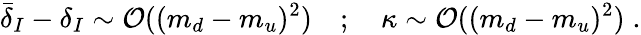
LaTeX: {\bar{\delta}}_{I}-\delta_{I}\sim{\cal O}((m_{d}-m_{u})^{2})\quad;\quad\kappa\sim{\cal O}((m_{d}-m_{u})^{2})\; .